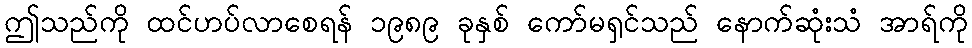
ဤသည်ကို ထင်ဟပ်လာစေရန် ၁၉၈၉ ခုနှစ် ကော်မရှင်သည် နောက်ဆုံးသံ အာရ်ကို